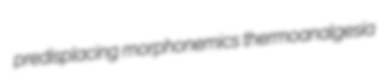
predisplacing morphonemics thermoanalgesia